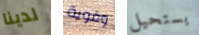
لدينا وقوية يستحيل